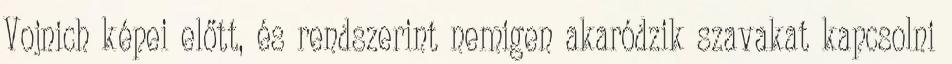
Vojnich képei előtt, és rendszerint nemigen akaródzik szavakat kapcsolni